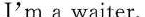
I'm a waiter.